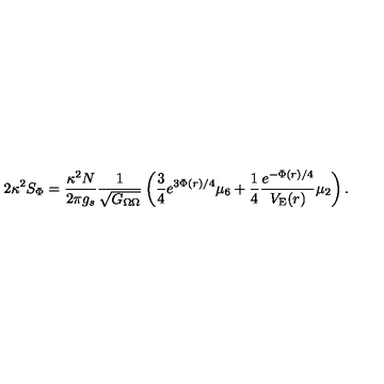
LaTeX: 2 \kappa ^ { 2 } S _ { \Phi } = { \frac { \kappa ^ { 2 } N } { 2 \pi g _ { s } } } { \frac { 1 } { \sqrt { G _ { \Omega \Omega } } } } \left( { \frac { 3 } { 4 } } { e ^ { 3 \Phi ( r ) / 4 } } \mu _ { 6 } + { \frac { 1 } { 4 } } { \frac { e ^ { - \Phi ( r ) / 4 } } { V _ { \mathrm { E } } ( r ) } } \mu _ { 2 } \right) .